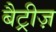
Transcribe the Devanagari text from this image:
बैट्रीज़